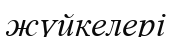
жүйкелері